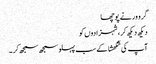
گرو ور نے پوچھا
دیکھ دیکھ کر، شہزادوں کو
آپ کی شکھشا کے سب پہلو سمجھ سمجھ کر ۔